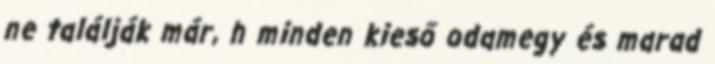
ne találják már, h minden kieső odamegy és marad